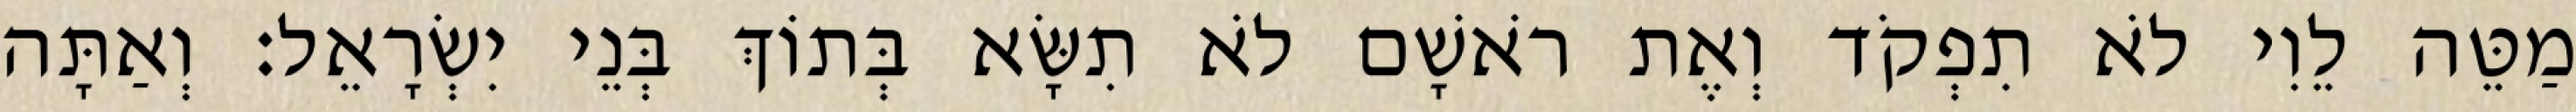
מַטֵּה לֵוִי לֹא תִפְקֹד וְאֶת רֹאשָׁם לֹא תִשָּׂא בְּתוֹךְ בְּנֵי יִשְׂרָאֵל׃ וְאַתָּה